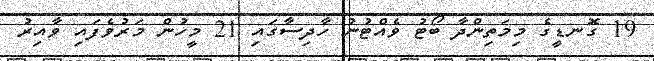
19 ގޮނޑީގެ މިމަތިންދާ ބޯޓު ވެއްޓުނު ހާދިސާގައި 21 މީހުން މަރުވެފައި ވާއިރު